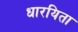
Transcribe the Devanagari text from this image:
धारयिता